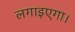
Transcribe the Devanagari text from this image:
लगाइएगा।